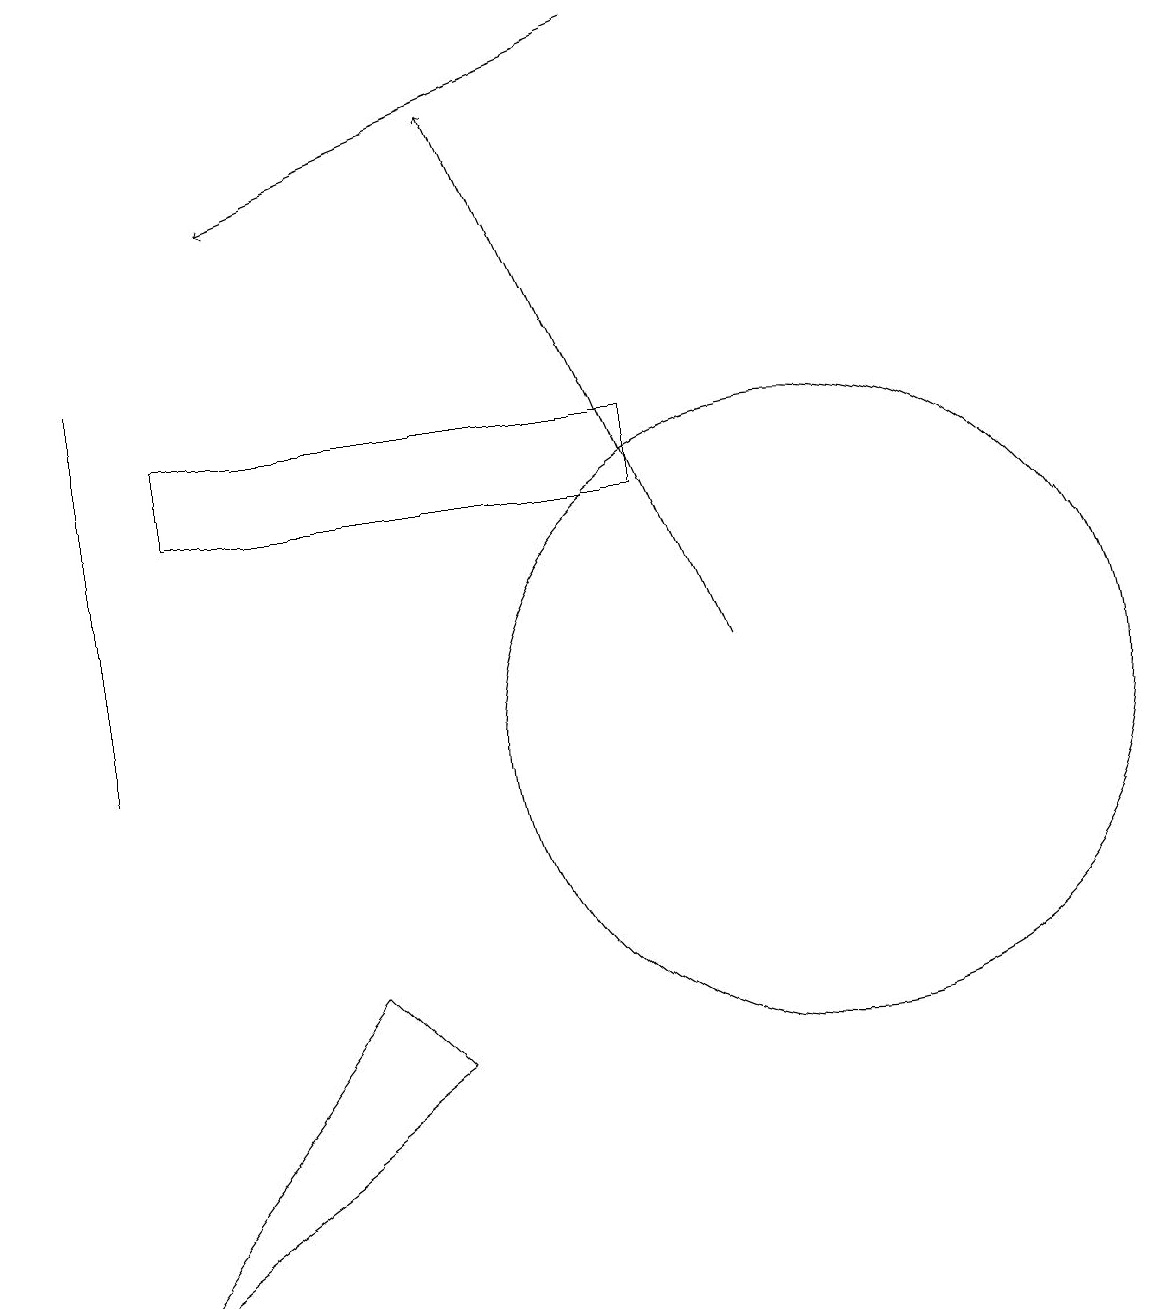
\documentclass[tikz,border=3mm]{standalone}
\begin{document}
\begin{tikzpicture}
\draw (5,6) -- (1,3) -- (4,7) -- cycle;
\draw (10,10) circle (4);
\draw (1,15) rectangle (1,10);
\draw (8,13) rectangle (2,14);
\draw[->] (0,19) -- (0,19);
\draw[->] (8,19) -- (3,17);
\draw[->] (9,11) -- (6,18);
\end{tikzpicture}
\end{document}